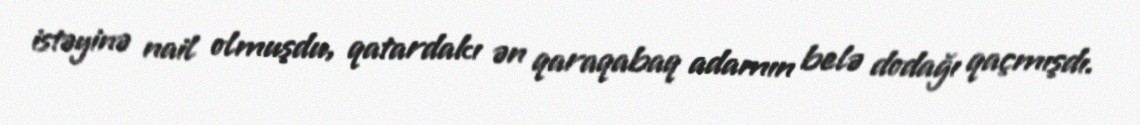
istəyinə nail olmuşdu, qatardakı ən qaraqabaq adamın belə dodağı qaçmışdı.